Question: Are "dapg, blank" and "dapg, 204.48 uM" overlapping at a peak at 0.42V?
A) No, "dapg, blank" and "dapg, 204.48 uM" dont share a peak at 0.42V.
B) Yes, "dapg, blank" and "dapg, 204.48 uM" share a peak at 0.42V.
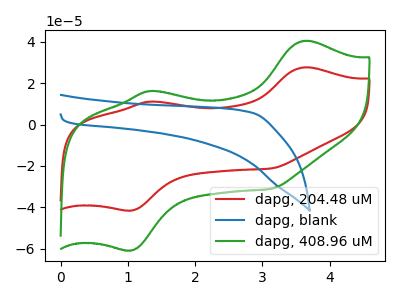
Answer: <think>The red curve "dapg, 204.48 uM" has anodic peaks at (3.65V, 27.60uA) (1.35V, 11.10uA) and cathodic peaks at (1.05V, -41.50uA) (3.15V, -21.20uA). The blue curve "dapg, blank" has no peaks. The green curve "dapg, 408.96 uM" has anodic peaks at (3.65V, 40.40uA) (1.35V, 16.25uA) and cathodic peaks at (1.05V, -60.75uA) (3.15V, -31.00uA).</think>
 <answer>A) No, "dapg, blank" and "dapg, 204.48 uM" dont share a peak at 0.42V.</answer>
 <eval>A</eval>